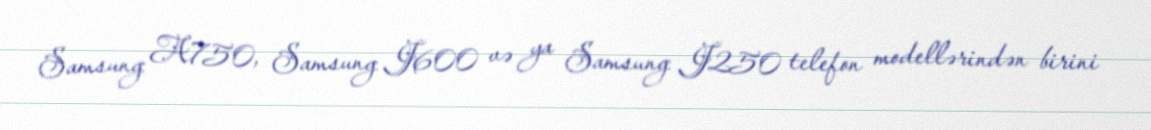
Samsung A750, Samsung J600 və ya Samsung J250 telefon modellərindən birini